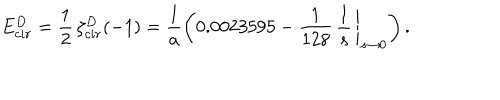
E _ { c i r } ^ { D } = \frac { 1 } { 2 } \, \zeta _ { c i r } ^ { D } ( - 1 ) = \frac { 1 } { a } \left( 0 . 0 0 2 3 5 9 5 - \left. \frac { 1 } { 1 2 8 } \, \frac { 1 } { s } \, \right| _ { s \to 0 } \right) .